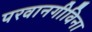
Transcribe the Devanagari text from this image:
परवानगीविना